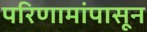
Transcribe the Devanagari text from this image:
परिणामांपासून